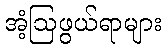
အံ့ဩဖွယ်ရာများ